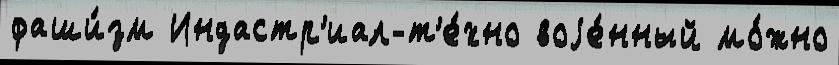
фаши́зм Индастр'иал-т'е́хно воjе́нный мо́жно